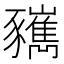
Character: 𧲑